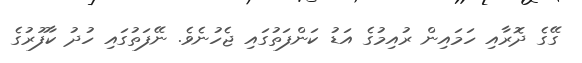
ގޭގެ ދޮރާއި ހަމައިން ރުއިމުގެ އަޑު ކަންފަތުގައި ޖެހުނެވެ. ނޭފަތުގައި ހުދު ކާފޫރުގެ